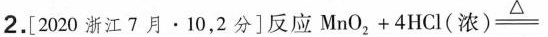
2.[2020浙江7月·10，2分]反应$$M n O _ { 2 } + 4 H C l ( 浓 ) \xlongequal { \triangle }